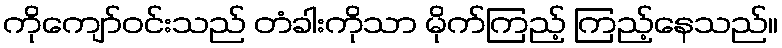
ကိုကျော်ဝင်းသည် တံခါးကိုသာ မိုက်ကြည့် ကြည့်နေသည်။